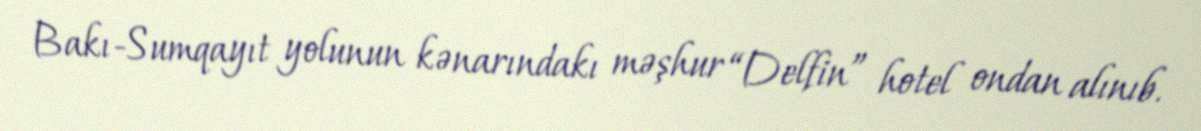
Bakı-Sumqayıt yolunun kənarındakı məşhur “Delfin” hotel ondan alınıb.